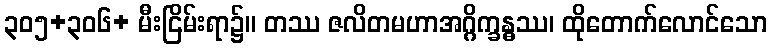
၃၀၅+၃၀၆+ မီးငြိမ်းရာ၌။ တဿ ဇလိတမဟာအဂ္ဂိက္ခန္ဓဿ၊ ထိုတောက်လောင်သော